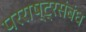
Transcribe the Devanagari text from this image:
परराष्ट्रसंबंध